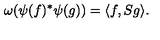
\omega ( \psi ( f ) ^ { * } \psi ( g ) ) = \langle f , S g \rangle .